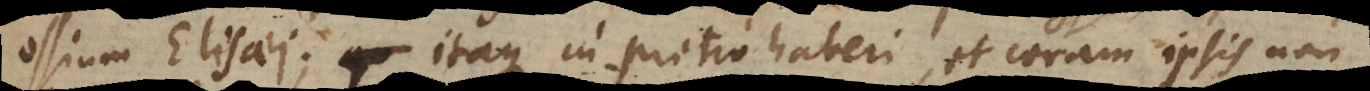
ossium Elisaei; itaque in pretio haberi, et coram ipsis non